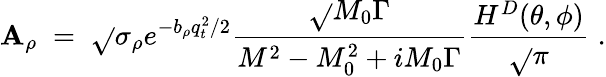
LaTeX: \mathbf{A}_{\rho}\; =\; \sqrt{}{{\sigma_{\rho}}}e^{-b_{\rho}q_{t}^{2}/2}\frac{{\sqrt{}{{M_{0}\Gamma}}}}{{M^{2}-M_{0}^{2}+iM_{0}\Gamma}}\frac{{H^{D}(\theta,\phi)}}{{\sqrt{}{{\pi}}}}\; .